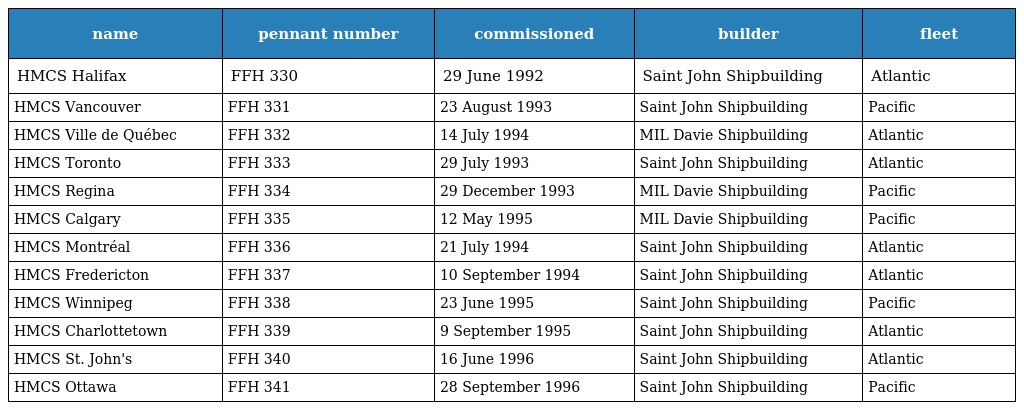
| name | pennant number | commissioned | builder | fleet |
 | --- | --- | --- | --- | --- |
 | HMCS Halifax | FFH 330 | 29 June 1992 | Saint John Shipbuilding | Atlantic |
 | HMCS Vancouver | FFH 331 | 23 August 1993 | Saint John Shipbuilding | Pacific |
 | HMCS Ville de Québec | FFH 332 | 14 July 1994 | MIL Davie Shipbuilding | Atlantic |
 | HMCS Toronto | FFH 333 | 29 July 1993 | Saint John Shipbuilding | Atlantic |
 | HMCS Regina | FFH 334 | 29 December 1993 | MIL Davie Shipbuilding | Pacific |
 | HMCS Calgary | FFH 335 | 12 May 1995 | MIL Davie Shipbuilding | Pacific |
 | HMCS Montréal | FFH 336 | 21 July 1994 | Saint John Shipbuilding | Atlantic |
 | HMCS Fredericton | FFH 337 | 10 September 1994 | Saint John Shipbuilding | Atlantic |
 | HMCS Winnipeg | FFH 338 | 23 June 1995 | Saint John Shipbuilding | Pacific |
 | HMCS Charlottetown | FFH 339 | 9 September 1995 | Saint John Shipbuilding | Atlantic |
 | HMCS St. John's | FFH 340 | 16 June 1996 | Saint John Shipbuilding | Atlantic |
 | HMCS Ottawa | FFH 341 | 28 September 1996 | Saint John Shipbuilding | Pacific |